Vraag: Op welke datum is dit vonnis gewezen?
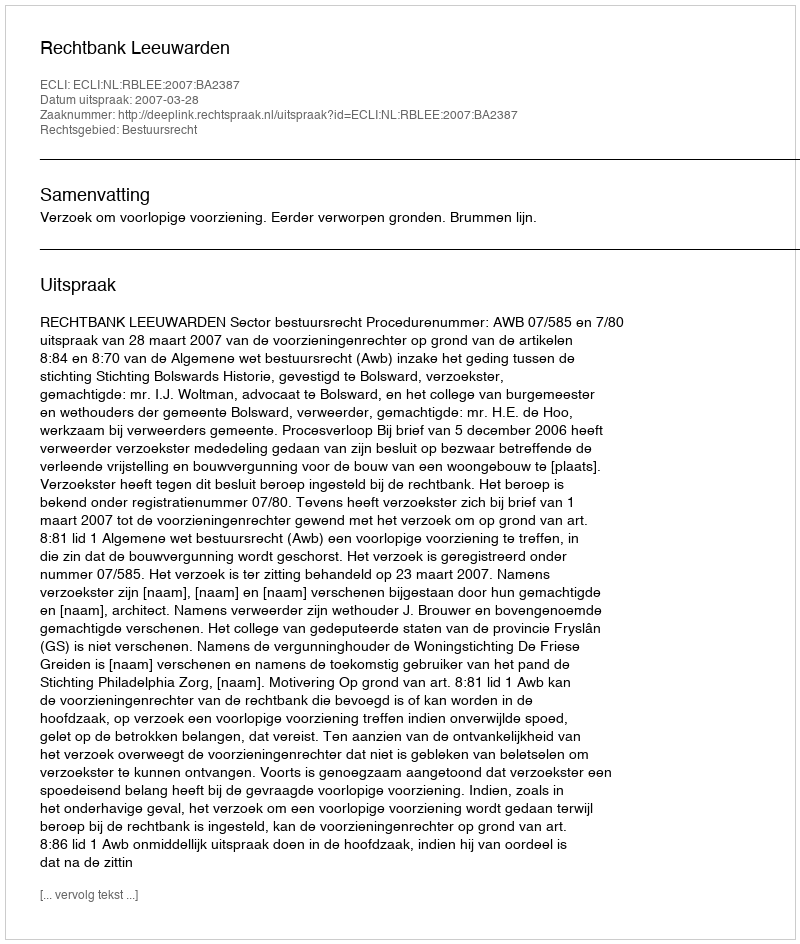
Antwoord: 2007-03-28